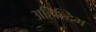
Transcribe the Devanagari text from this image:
अहिल्दिभ